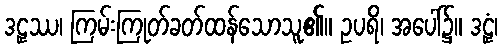
ဒဠှဿ၊ ကြမ်းကြုတ်ခတ်ထန်သောသူ၏။ ဥပရိ၊ အပေါ်၌။ ဒဠှံ၊